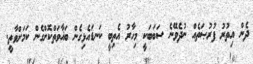
ދެން އިތުރު ފުރުޞަތެއް ނުދެވޭނެ ސަބަބަކީ މިހާރު އެތިބީ ކަނޑައެޅިގެން ބަޣާވަތްކޮށްގެން ކަމަށްވާތީ.